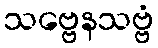
သဗ္ဗေနသဗ္ဗံ